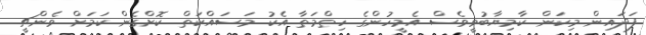
ފަދައިން މިކަން ކާމިޔާބުވީވެސް އެމީހުންގެ ހިތްމަތާ އެކު މަސައްކަތް ކޮށްގެން ކަމަށް ވެންޗީ